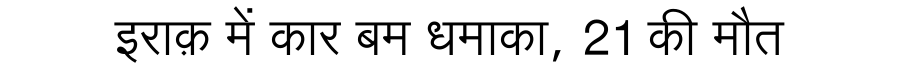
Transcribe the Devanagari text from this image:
इराक़ में कार बम धमाका, 21 की मौत